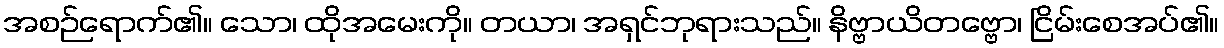
အစဉ်ရောက်၏။ သော၊ ထိုအမေးကို။ တယာ၊ အရှင်ဘုရားသည်။ နိဗ္ဗာယိတဗ္ဗော၊ ငြိမ်းစေအပ်၏။